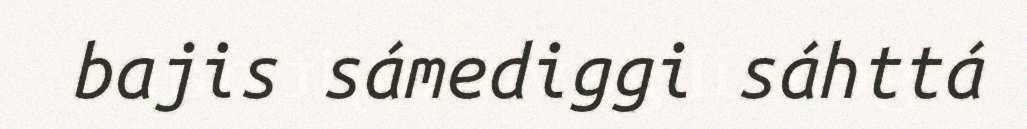
bajis sámediggi sáhttá